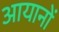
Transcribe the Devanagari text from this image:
आयानों